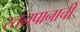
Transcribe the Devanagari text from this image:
स्तनपानाची